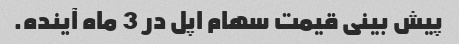
پیش بینی قیمت سهام اپل در 3 ماه آینده.